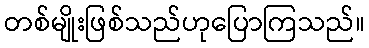
တစ်မျိုးဖြစ်သည်ဟုပြောကြသည်။